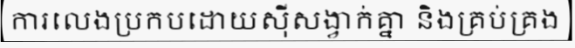
ការលេងប្រកបដោយស៊ីសង្វាក់គ្នា និងគ្រប់គ្រង